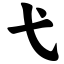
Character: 弋